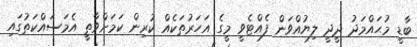
ބާޑީ މުޙައްމަދު ދީދީ ލިޔުއްވަން ފެއްޓެވީ މީގެ އަހަރުތަކެއް ކުރިން ކަމަށްވާތީ އެމަސައްކަތުގައި